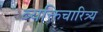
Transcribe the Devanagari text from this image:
व्यक्तिचारित्र्य